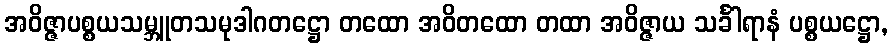
အဝိဇ္ဇာပစ္စယသမ္ဘူတသမုဒါဂတဋ္ဌော တထော အဝိတထော တထာ အဝိဇ္ဇာယ သင်္ခါရာနံ ပစ္စယဋ္ဌော,